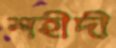
শহীদী